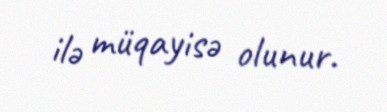
ilə müqayisə olunur.